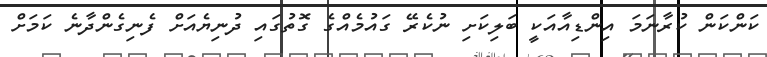
ކަންކަން ކުރާނަމަ އިންޑިއާއަކީ ބަލިކަށި ނުކެރޭ ގައުމެއްގެ ގޮތުގައި ދުނިޔެއަށް ފެނިގެންދާނެ ކަމަށް